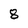
Character: 8